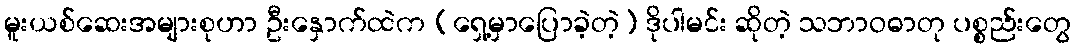
မူးယစ်ဆေးအများစုဟာ ဦးနှောက်ထဲက (ရှေ့မှာပြောခဲ့တဲ့) ဒိုပါမင်း ဆိုတဲ့ သဘာဝဓာတု ပစ္စည်းတွေ